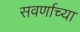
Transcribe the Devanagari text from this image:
सवर्णाच्या